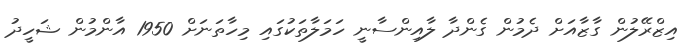
އިޒްރޭލުން ގާޒާއަށް ދެމުން ގެންދާ ލާއިންސާނީ ހަމަލާތަކުގައި މިހާތަނަށް 1950 އާންމުން ޝަހީދު